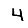
Digit: 4